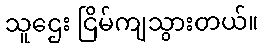
သူဌေး ငြိမ်ကျသွားတယ်။